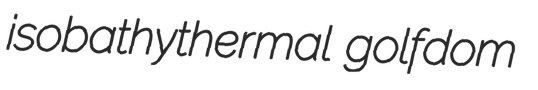
isobathythermal golfdom